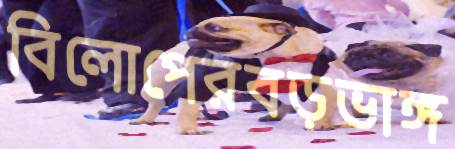
বিলোপেরবড়ভাঙ্গ